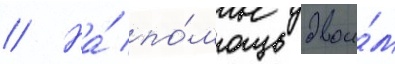
// На́ по́мощь двои́м